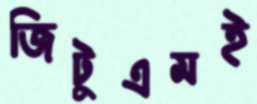
জিটুএমই